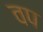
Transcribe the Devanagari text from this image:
वप